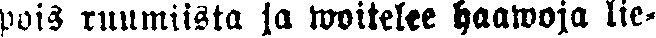
pois ruumiista ja woitelee haawoja lie-